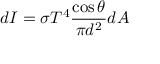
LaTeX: d I = \sigma T ^ { 4 } { \frac { \cos \theta } { \pi d ^ { 2 } } } d A